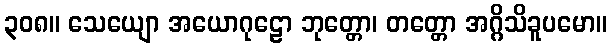
၃၀၈။ သေယျော အယောဂုဠော ဘုတ္တော၊ တတ္တော အဂ္ဂိသိခူပမော။